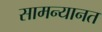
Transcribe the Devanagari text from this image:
सामन्यानत